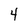
Character: 4